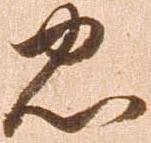
忠